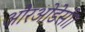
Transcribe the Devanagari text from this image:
औरओडेसी।